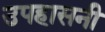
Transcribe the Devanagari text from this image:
उपहासनी